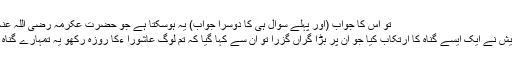
تو اس کا جواب (اور پہلے سوال ہی کا دوسرا جواب) یہ ہوسکتا ہے جو حضرت عکرمہ رضی اللہ عنہ سے مروی ہے کہ
”دورِ جاہلیت میں قریش نے ایک ایسے گناہ کا ارتکاب کیا جو ان پر بڑا گراں گزرا تو ان سے کہا گیا کہ تم لوگ عاشورا ءکا روزہ رکھو یہ تمہارے گناہ کا کفارہ ہوجائے گا۔